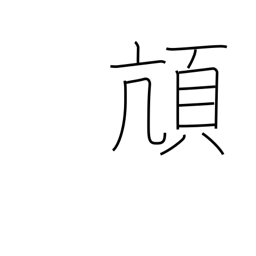
Meaning: alight